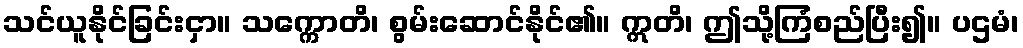
သင်ယူနိုင်ခြင်းငှာ။ သက္ကောတိ၊ စွမ်းဆောင်နိုင်၏။ ဣတိ၊ ဤသို့ကြံစည်ပြီး၍။ ပဌမံ၊